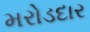
મરોડદાર